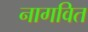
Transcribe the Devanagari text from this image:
नागवित